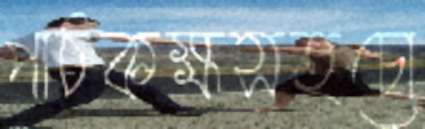
পাঠকক্ষসহচো